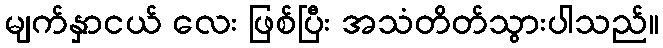
မျက်နှာငယ် လေး ဖြစ်ပြီး အသံတိတ်သွားပါသည်။